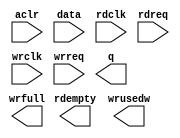
// megafunction wizard: %FIFO%VBB%
// GENERATION: STANDARD
// VERSION: WM1.0
// MODULE: dcfifo_mixed_widths 

// ============================================================
// Megafunction Name(s):
// 			dcfifo_mixed_widths
//
// Simulation Library Files(s):
// 			altera_mf
// ============================================================
// ************************************************************
// THIS IS A WIZARD-GENERATED FILE. DO NOT EDIT THIS FILE!
//
// 11.0 Build 157 04/27/2011 SJ Full Version
// ************************************************************

//Copyright (C) 1991-2011 Altera Corporation
//Your use of Altera Corporation's design tools, logic functions 
//and other software and tools, and its AMPP partner logic 
//functions, and any output files from any of the foregoing 
//(including device programming or simulation files), and any 
//associated documentation or information are expressly subject 
//to the terms and conditions of the Altera Program License 
//Subscription Agreement, Altera MegaCore Function License 
//Agreement, or other applicable license agreement, including, 
//without limitation, that your use is for the sole purpose of 
//programming logic devices manufactured by Altera and sold by 
//Altera or its authorized distributors.  Please refer to the 
//applicable agreement for further details.

module rxfifo_8kx9_to_72 (
	aclr,
	data,
	rdclk,
	rdreq,
	wrclk,
	wrreq,
	q,
	rdempty,
	wrfull,
	wrusedw);

	input	  aclr;
	input	[8:0]  data;
	input	  rdclk;
	input	  rdreq;
	input	  wrclk;
	input	  wrreq;
	output	[71:0]  q;
	output	  rdempty;
	output	  wrfull;
	output	[14:0]  wrusedw;
`ifndef ALTERA_RESERVED_QIS
// synopsys translate_off
`endif
	tri0	  aclr;
`ifndef ALTERA_RESERVED_QIS
// synopsys translate_on
`endif

endmodule

// ============================================================
// CNX file retrieval info
// ============================================================
// Retrieval info: PRIVATE: AlmostEmpty NUMERIC "0"
// Retrieval info: PRIVATE: AlmostEmptyThr NUMERIC "-1"
// Retrieval info: PRIVATE: AlmostFull NUMERIC "0"
// Retrieval info: PRIVATE: AlmostFullThr NUMERIC "-1"
// Retrieval info: PRIVATE: CLOCKS_ARE_SYNCHRONIZED NUMERIC "0"
// Retrieval info: PRIVATE: Clock NUMERIC "4"
// Retrieval info: PRIVATE: Depth NUMERIC "32768"
// Retrieval info: PRIVATE: Empty NUMERIC "1"
// Retrieval info: PRIVATE: Full NUMERIC "1"
// Retrieval info: PRIVATE: INTENDED_DEVICE_FAMILY STRING "Stratix IV"
// Retrieval info: PRIVATE: LE_BasedFIFO NUMERIC "0"
// Retrieval info: PRIVATE: LegacyRREQ NUMERIC "1"
// Retrieval info: PRIVATE: MAX_DEPTH_BY_9 NUMERIC "0"
// Retrieval info: PRIVATE: OVERFLOW_CHECKING NUMERIC "0"
// Retrieval info: PRIVATE: Optimize NUMERIC "0"
// Retrieval info: PRIVATE: RAM_BLOCK_TYPE NUMERIC "0"
// Retrieval info: PRIVATE: SYNTH_WRAPPER_GEN_POSTFIX STRING "0"
// Retrieval info: PRIVATE: UNDERFLOW_CHECKING NUMERIC "0"
// Retrieval info: PRIVATE: UsedW NUMERIC "1"
// Retrieval info: PRIVATE: Width NUMERIC "9"
// Retrieval info: PRIVATE: dc_aclr NUMERIC "1"
// Retrieval info: PRIVATE: diff_widths NUMERIC "1"
// Retrieval info: PRIVATE: msb_usedw NUMERIC "0"
// Retrieval info: PRIVATE: output_width NUMERIC "72"
// Retrieval info: PRIVATE: rsEmpty NUMERIC "1"
// Retrieval info: PRIVATE: rsFull NUMERIC "0"
// Retrieval info: PRIVATE: rsUsedW NUMERIC "0"
// Retrieval info: PRIVATE: sc_aclr NUMERIC "0"
// Retrieval info: PRIVATE: sc_sclr NUMERIC "0"
// Retrieval info: PRIVATE: wsEmpty NUMERIC "0"
// Retrieval info: PRIVATE: wsFull NUMERIC "1"
// Retrieval info: PRIVATE: wsUsedW NUMERIC "1"
// Retrieval info: LIBRARY: altera_mf altera_mf.altera_mf_components.all
// Retrieval info: CONSTANT: INTENDED_DEVICE_FAMILY STRING "Stratix IV"
// Retrieval info: CONSTANT: LPM_NUMWORDS NUMERIC "32768"
// Retrieval info: CONSTANT: LPM_SHOWAHEAD STRING "OFF"
// Retrieval info: CONSTANT: LPM_TYPE STRING "dcfifo_mixed_widths"
// Retrieval info: CONSTANT: LPM_WIDTH NUMERIC "9"
// Retrieval info: CONSTANT: LPM_WIDTHU NUMERIC "15"
// Retrieval info: CONSTANT: LPM_WIDTHU_R NUMERIC "12"
// Retrieval info: CONSTANT: LPM_WIDTH_R NUMERIC "72"
// Retrieval info: CONSTANT: OVERFLOW_CHECKING STRING "ON"
// Retrieval info: CONSTANT: RDSYNC_DELAYPIPE NUMERIC "4"
// Retrieval info: CONSTANT: UNDERFLOW_CHECKING STRING "ON"
// Retrieval info: CONSTANT: USE_EAB STRING "ON"
// Retrieval info: CONSTANT: WRITE_ACLR_SYNCH STRING "OFF"
// Retrieval info: CONSTANT: WRSYNC_DELAYPIPE NUMERIC "4"
// Retrieval info: USED_PORT: aclr 0 0 0 0 INPUT GND "aclr"
// Retrieval info: USED_PORT: data 0 0 9 0 INPUT NODEFVAL "data[8..0]"
// Retrieval info: USED_PORT: q 0 0 72 0 OUTPUT NODEFVAL "q[71..0]"
// Retrieval info: USED_PORT: rdclk 0 0 0 0 INPUT NODEFVAL "rdclk"
// Retrieval info: USED_PORT: rdempty 0 0 0 0 OUTPUT NODEFVAL "rdempty"
// Retrieval info: USED_PORT: rdreq 0 0 0 0 INPUT NODEFVAL "rdreq"
// Retrieval info: USED_PORT: wrclk 0 0 0 0 INPUT NODEFVAL "wrclk"
// Retrieval info: USED_PORT: wrfull 0 0 0 0 OUTPUT NODEFVAL "wrfull"
// Retrieval info: USED_PORT: wrreq 0 0 0 0 INPUT NODEFVAL "wrreq"
// Retrieval info: USED_PORT: wrusedw 0 0 15 0 OUTPUT NODEFVAL "wrusedw[14..0]"
// Retrieval info: CONNECT: @aclr 0 0 0 0 aclr 0 0 0 0
// Retrieval info: CONNECT: @data 0 0 9 0 data 0 0 9 0
// Retrieval info: CONNECT: @rdclk 0 0 0 0 rdclk 0 0 0 0
// Retrieval info: CONNECT: @rdreq 0 0 0 0 rdreq 0 0 0 0
// Retrieval info: CONNECT: @wrclk 0 0 0 0 wrclk 0 0 0 0
// Retrieval info: CONNECT: @wrreq 0 0 0 0 wrreq 0 0 0 0
// Retrieval info: CONNECT: q 0 0 72 0 @q 0 0 72 0
// Retrieval info: CONNECT: rdempty 0 0 0 0 @rdempty 0 0 0 0
// Retrieval info: CONNECT: wrfull 0 0 0 0 @wrfull 0 0 0 0
// Retrieval info: CONNECT: wrusedw 0 0 15 0 @wrusedw 0 0 15 0
// Retrieval info: GEN_FILE: TYPE_NORMAL rxfifo_8kx9_to_72.v TRUE
// Retrieval info: GEN_FILE: TYPE_NORMAL rxfifo_8kx9_to_72.inc FALSE
// Retrieval info: GEN_FILE: TYPE_NORMAL rxfifo_8kx9_to_72.cmp FALSE
// Retrieval info: GEN_FILE: TYPE_NORMAL rxfifo_8kx9_to_72.bsf FALSE
// Retrieval info: GEN_FILE: TYPE_NORMAL rxfifo_8kx9_to_72_inst.v TRUE
// Retrieval info: GEN_FILE: TYPE_NORMAL rxfifo_8kx9_to_72_bb.v TRUE
// Retrieval info: LIB_FILE: altera_mf